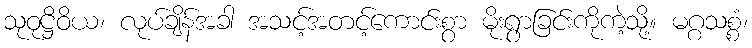
သုဝုဋ္ဌိဝိယ၊ လုပ်ချိန်အခါ အသင့်အတင့်ကောင်းစွာ မိုးရွာခြင်းကိုကဲ့သို့။ မဂ္ဂသစ္စံ၊